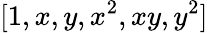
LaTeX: [1,x,y,x^{2},xy,y^{2}]